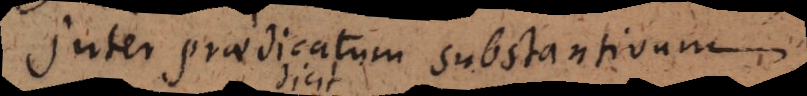
Inter praedicatum substantivum